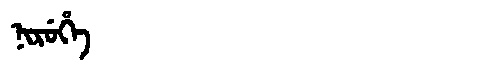
Manchu: ᠨᡳᡵᡠᡥᡝ
Romanization: NIRUHE